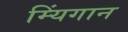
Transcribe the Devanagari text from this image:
म्यिंगान